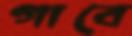
গাবে